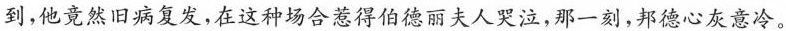
到，他竟然\underset{·}{旧}\underset{·}{病}\underset{·}{复}\underset{·}{发}，在这种场合惹得伯德丽夫人哭泣，那一刻，邦德心灰意冷。